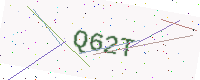
Text: Q62T